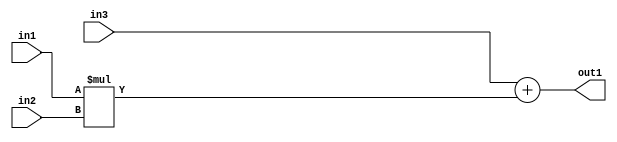
`timescale 1ps / 1ps
/*****************************************************************************
    Verilog RTL Description
    
    
    Created by: Stratus DpOpt 2019.1.01 
*******************************************************************************/

module st_weight_addr_gen_Add2Mul2u16u16u16_4_0 (
	in3,
	in2,
	in1,
	out1
	); /* architecture "behavioural" */ 
input [15:0] in3,
	in2,
	in1;
output [31:0] out1;
wire [31:0] asc001;

wire [31:0] asc001_tmp_0;
assign asc001_tmp_0 = 
	+(in3);
assign asc001 = asc001_tmp_0
	+(in1 * in2);

assign out1 = asc001;
endmodule

/* CADENCE  ubn1TgA= : u9/ySgnWtBlWxVPRXgAZ4Og= ** DO NOT EDIT THIS LINE ******/